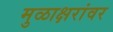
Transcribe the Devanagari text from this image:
मुळाक्षरांवर